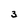
Character: 3